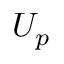
U _ { p }